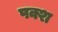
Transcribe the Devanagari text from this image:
पक्श